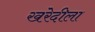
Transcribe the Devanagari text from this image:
खरेदीला